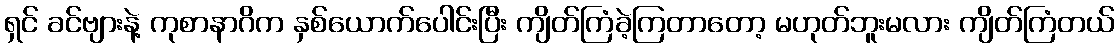
ရှင် ခင်ဗျားနဲ့ ကုစာနာဂိက နှစ်ယောက်ပေါင်းပြီး ကျိတ်ကြံခဲ့ကြတာတော့ မဟုတ်ဘူးမလား ကျိတ်ကြံတယ်